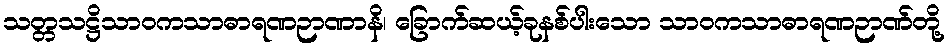
သတ္တသဋ္ဌိသာဝကသာဓာရဏဉာဏာနိ၊ ခြောက်ဆယ့်ခုနစ်ပါးသော သာဝကသာဓာရဏဉာဏ်တို့